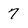
Character: 7